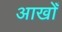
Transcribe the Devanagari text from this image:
आखोँ